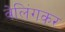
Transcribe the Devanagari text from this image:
वेलिंगकर